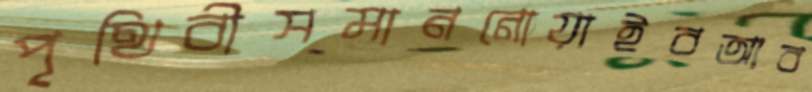
পৃথিবীসমাননোয়াইবআব